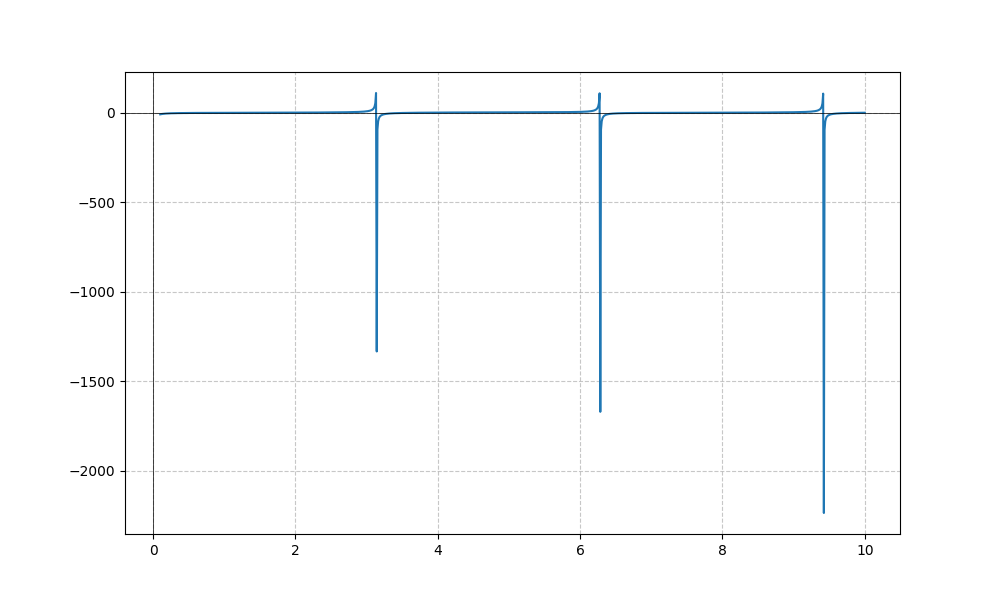
LaTeX formula: - \sin{\left(x \right)} - \cot{\left(x \right)}